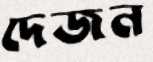
দেজন